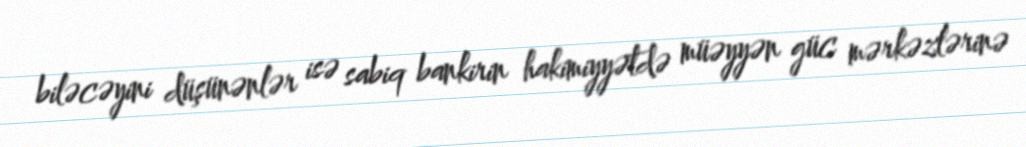
biləcəyini düşünənlər isə sabiq bankirin hakimiyyətdə müəyyən güc mərkəzlərinə